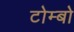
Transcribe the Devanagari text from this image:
टोम्बो